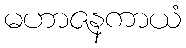
မဟာဇနကာယံ